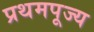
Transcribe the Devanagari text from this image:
प्रथमपूज्य